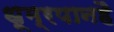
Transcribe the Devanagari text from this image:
धूम्रपानहै